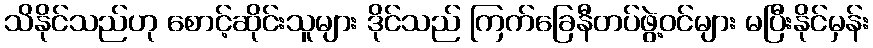
သိနိုင်သည်ဟု စောင့်ဆိုင်းသူများ ဒိုင်သည် ကြက်ခြေနီတပ်ဖွဲ့ဝင်များ မပြီးနိုင်မှန်း